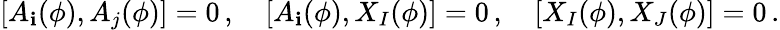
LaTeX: [A_{\mathbf{i}}(\phi),A_{j}(\phi)]=0\, ,\quad[A_{\mathbf{i}}(\phi),X_{I}(\phi)]=0\, ,\quad[X_{I}(\phi),X_{J}(\phi)]=0\, .